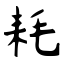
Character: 耗